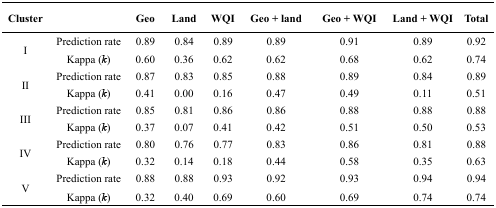
| Cluster |  | Geo | Land | WQI | Geo + land | Geo + WQI | Land + WQI | Total |
 | --- | --- | --- | --- | --- | --- | --- | --- | --- |
 | <ROWSPAN=2> I | Prediction rate | 0.89 | 0.84 | 0.89 | 0.89 | 0.91 | 0.89 | 0.92 |
 | Kappa (k) | 0.60 | 0.36 | 0.62 | 0.62 | 0.68 | 0.62 | 0.74 |
 | <ROWSPAN=2> II | Prediction rate | 0.87 | 0.83 | 0.85 | 0.88 | 0.89 | 0.84 | 0.89 |
 | Kappa (k) | 0.41 | 0.00 | 0.16 | 0.47 | 0.49 | 0.11 | 0.51 |
 | <ROWSPAN=2> III | Prediction rate | 0.85 | 0.81 | 0.86 | 0.86 | 0.88 | 0.88 | 0.88 |
 | Kappa (k) | 0.37 | 0.07 | 0.41 | 0.42 | 0.51 | 0.50 | 0.53 |
 | <ROWSPAN=2> IV | Prediction rate | 0.80 | 0.76 | 0.77 | 0.83 | 0.86 | 0.81 | 0.88 |
 | Kappa (k) | 0.32 | 0.14 | 0.18 | 0.44 | 0.58 | 0.35 | 0.63 |
 | <ROWSPAN=2> V | Prediction rate | 0.88 | 0.88 | 0.93 | 0.92 | 0.93 | 0.94 | 0.94 |
 | Kappa (k) | 0.32 | 0.40 | 0.69 | 0.60 | 0.69 | 0.74 | 0.74 |